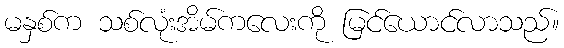
မနှစ်က သစ်လုံးအိမ်ကလေးကို မြင်ယောင်လာသည်။